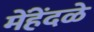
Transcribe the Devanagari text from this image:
मेंहेंदळे